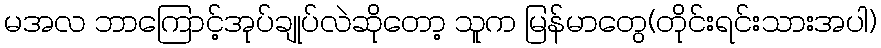
မအလ ဘာကြောင့်အုပ်ချုပ်လဲဆိုတော့ သူက မြန်မာတွေ(တိုင်းရင်းသားအပါ)